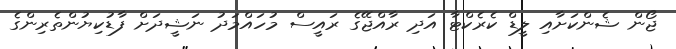
ޖޯން ޝެންކަށާއި ލީޑް ކެރެކްޓާ އަދި ރާއްޖޭގެ ރައީސް މުހައްމަދު ނަޝީދަށް ފާޑުކިޔުންތެރިންގެ